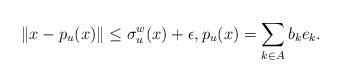
LaTeX: \begin{align*}\|x-p_u(x)\|\le \sigma^w_u(x)+\epsilon, p_u(x) = \sum_{k\in A}b_ke_k. \end{align*}